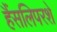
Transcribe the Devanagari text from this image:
हैंसलिपरशे